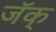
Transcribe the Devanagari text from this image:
जॅक्